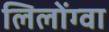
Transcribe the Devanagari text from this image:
लिलोंग्वा